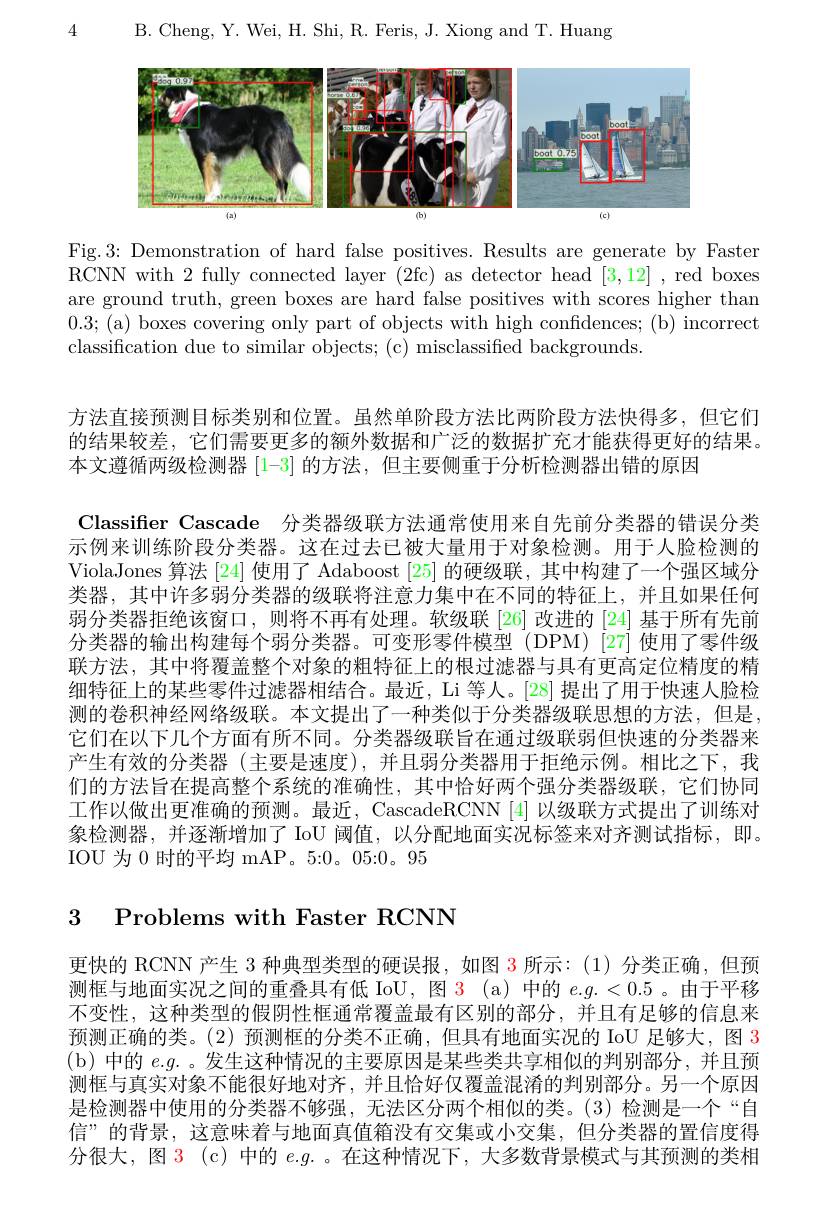
B. Cheng, Y. Wei, H. Shi, R. Feris, J. Xiong and T. Huang

4

<FigureHere>

Fig.3: Demonstration of hard false positives. Results are generate by Faster RCNN with 2 fully connected layer (2fc) as detector head [3,12] ,red boxes are ground truth, green boxes are hard false positives with scores higher than 0.3;(a) boxes covering only part of objects with high confidences; (b) incorrect classification due to similar objects; (c) misclassified backgrounds.

方法直接预测目标类别和位置。虽然单阶段方法比两阶段方法快得多，但它们的结果较差，它们需要更多的额外数据和广泛的数据扩充才能获得更好的结果。本文遵循两级检测器[1-3]的方法，但主要侧重于分析检测器出错的原因
Classifier Cascade 分类器级联方法通常使用来自先前分类器的错误分类示例来训练阶段分类器。这在过去已被大量用于对象检测。用于人脸检测的ViolaJones 算法 [24] 使用了 Adaboost [25] 的硬级联，其中构建了一个强区域分类器，其中许多弱分类器的级联将注意力集中在不同的特征上，并且如果任何弱分类器拒绝该窗口，则将不再有处理。软级联[26]改进的[24]基于所有先前分类器的输出构建每个弱分类器。可变形零件模型(DPM)[27]使用了零件级联方法，其中将覆盖整个对象的粗特征上的根过滤器与具有更高定位精度的精细特征上的某些零件过滤器相结合。最近，Li 等人。[28] 提出了用于快速人脸检测的卷积神经网络级联。本文提出了一种类似于分类器级联思想的方法，但是， 它们在以下几个方面有所不同。分类器级联旨在通过级联弱但快速的分类器来产生有效的分类器(主要是速度),并且弱分类器用于拒绝示例。相比之下，我们的方法旨在提高整个系统的准确性，其中恰好两个强分类器级联，它们协同工作以做出更准确的预测。最近，CascadeRCNN[4] 以级联方式提出了训练对象检测器，并逐渐增加了 IoU 阈值，以分配地面实况标签来对齐测试指标，即。IOU 为0时的平均 mAP。5:0。05{:}0。95

3 Problems with Faster RCNN

更快的 RCNN 产生 3 种典型类型的硬误报，如图 3 所示：(1)分类正确，但预测框与地面实况之间的重叠具有低 IoU, 图 3 (a) 中的$e.g.<0.5$ 。由于平移不变性，这种类型的假阴性框通常覆盖最有区别的部分，并且有足够的信息来预测正确的类。(2) 预测框的分类不正确，但具有地面实况的 IoU 足够大，图 3 (b)中的$e.g.$。发生这种情况的主要原因是某些类共享相似的判别部分，并且预测框与真实对象不能很好地对齐，并且恰好仅覆盖混淆的判别部分。另一个原因是检测器中使用的分类器不够强，无法区分两个相似的类。(3)检测是一个“自信”的背景，这意味着与地面真值箱没有交集或小交集，但分类器的置信度得分很大，图 3 (c) 中的 e.g. 。在这种情况下，大多数背景模式与其预测的类相